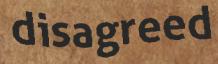
disagreed